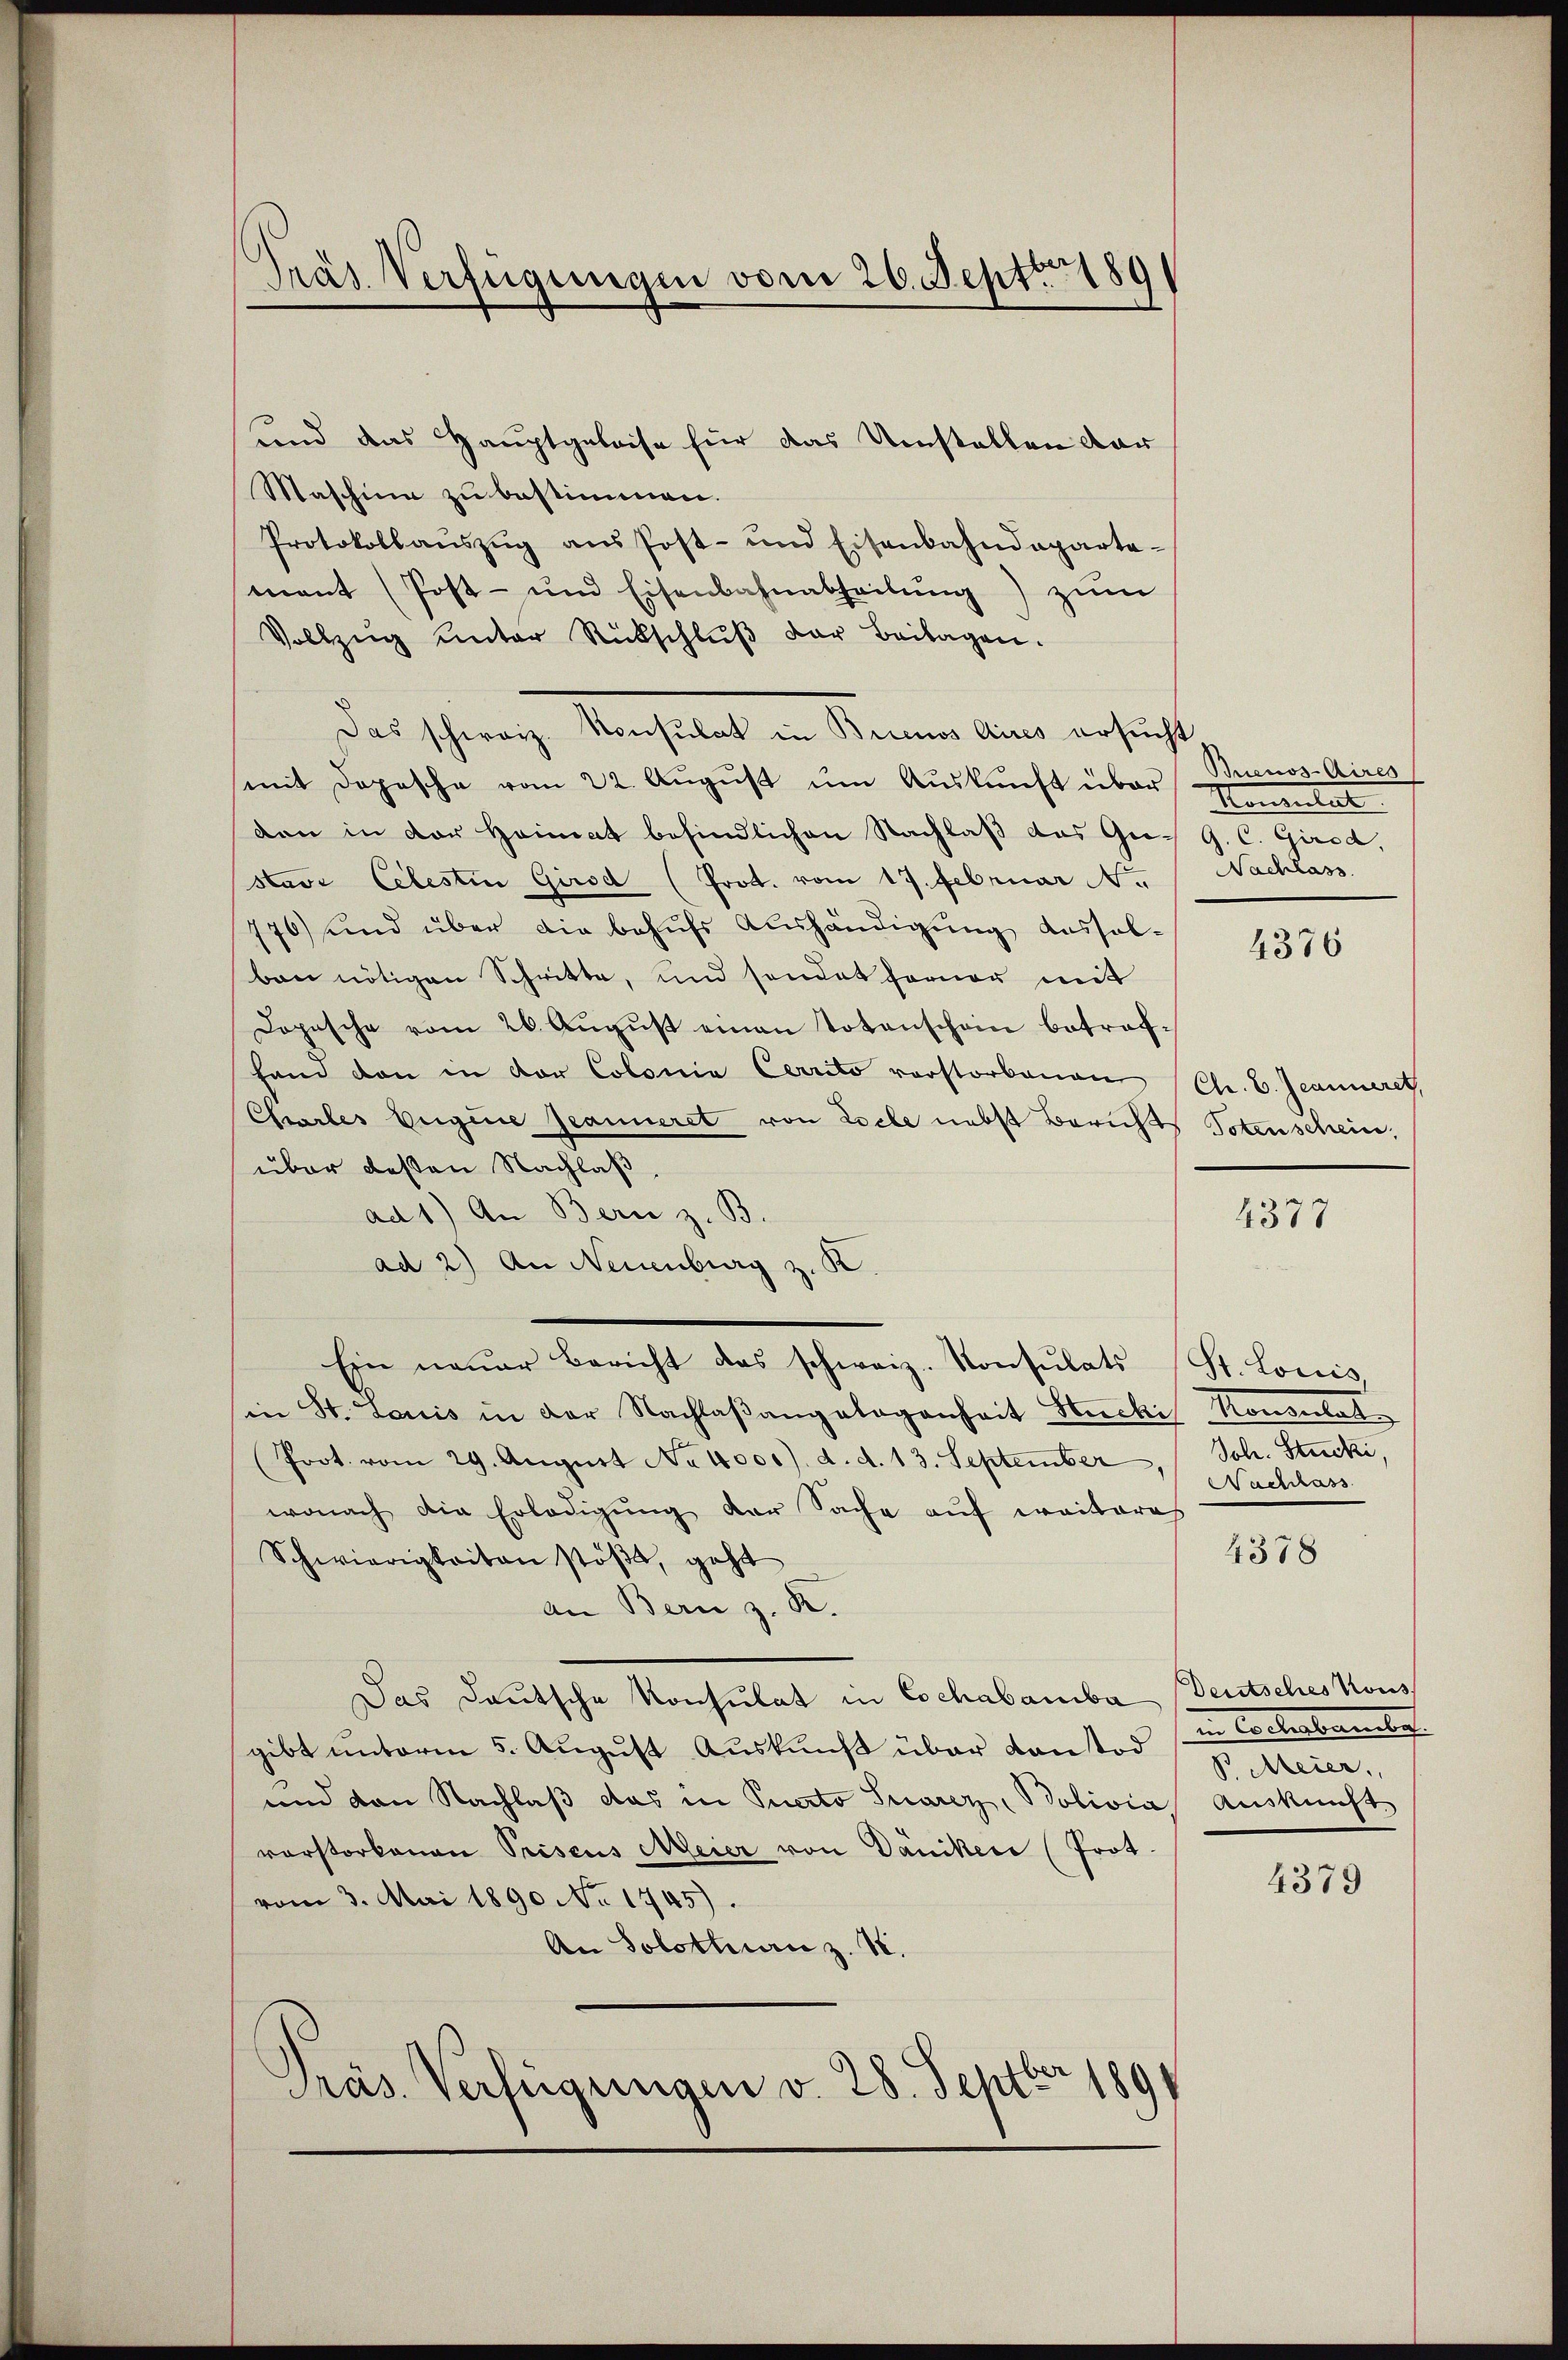
Präs. Verfügungen vom 26. Sept. 189

und das Hauptgeleise für das Umstellen dar
Maschine zu bestimmen.
Protokollaŭszŭg ans Post- und Eisenbahndeparta-
ment (Post- und Eisenbahnatheilŭng zŭm
Vollzŭg ŭnter Rückschlŭβ der Beilagen.
Das schweiz. Konsulat in Buenos Aires ersucht
mit dopesche vom 22. Aŭgŭst ŭm Aŭskŭnft über
den in der Heimat befindlichen Nachlaβ das Gu- G. C. Girod,
stavi Celestin Girsd (Prot. vom 17. Februar Nr. Nachlass
770) und über die behufs Aushändigung aussolben nötigen Schritte, und sondet ferner mit
Dopische vom 26. August einen Totenschein betroffand dan in der Colonia Cerrito verstorbenen (Chr. B. Jeanneret,
Chartes begine Jeanneret von Loche nebst Berichts Totenschein,
über dessen Nachlaß.
ad 1.) An Bern z. B.
8
ad 2) An Neuenburg z.
Ein neŭer Bericht das schweiz. Konsulats (St. Louis,
in St. Louis in der Nachlaßangelegenheit Stucki Konsulat
Prot. vom 29. Aŭgŭst No. 4000. d. d. 13. September, Joh. Stucki,
wonach die Erledigung der Sache auf weiteres
Schwierigkeiten stößt, geht
an Bern z. R.
Das Deutsche Konsulat in Cochabamiba Deutsches Kons
gibt unterm 5. August Auskunft über Kontod
und von Nachlaß das in Puerto Suarez, Bolivia Auskunft
vorstorbenen Priseus Meier von Däniker (Prot.
vom 3. Mai 1890 No 1745).
An Solothurn z. S.
Präs. Verfügungen v. 28. Septbr 1891

Buenos-Aires
Montulat

4376

4377

Nachlass

4378

in Cartentenlich
B Meier,

4379